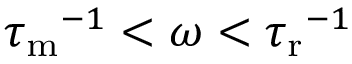
{ \tau _ { \mathrm { m } } } ^ { - 1 } < \omega < { \tau _ { \mathrm { r } } } ^ { - 1 }